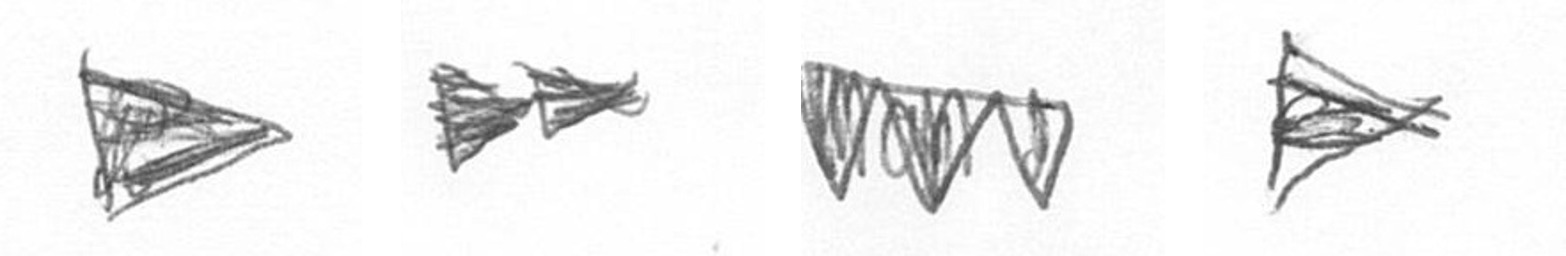
T A L T